Annual administration report of the Civil Veterinary Department of India - 1899-1900
Year: 1899
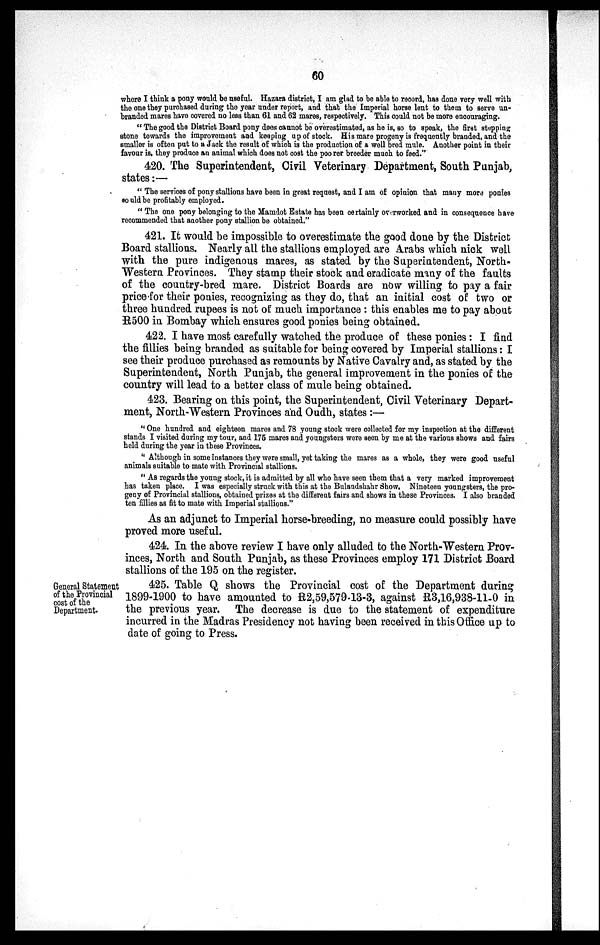
60
where I think a pony would be useful. Hazara district, I am glad to be able to record, has done very well with
the one they purchased during the year under report, and that the Imperial horse lent to them to serve un-
branded mares have covered no less than 61 and 62 mares, respectively. This could not be more encouraging.
"The good the District Board pony does cannot be overestimated, as he is, so to speak, the first stepping
stone towards the improvement and keepiug up of stock. His mare progeny is frequently branded, and the
smaller is often put to a Jack the result of which is the production of a well bred mule. Another point in their
favour is, they produce an animal which does not cost the poorer breeder much to feed."
420. The Superintendent, Civil Veterinary Department, South Punjab,
states :—
"The services of pony stallions have been in great request, and I am of opinion that many more ponies
could be profitably employed.
"The one pony belonging to the Mamdot Estate has been certainly overworked and in consequence have
recommended that another pony stallion be obtained."
421. It would be impossible to overestimate the good done by the District
Board stallions. Nearly all the stallions employed are Arabs which nick well
with the pure indigenous mares, as stated by the Superintendent, North-
Western Provinces. They stamp their stock and eradicate many of the faults
of the country-bred mare. District Boards are now willing to pay a fair
price for their ponies, recognizing as they do, that an initial cost of two or
three hundred rupees is not of much importance: this enables me to pay about
R500 in Bombay which ensures good ponies being obtained.
422. I have most carefully watched the produce of these ponies: I find
the fillies being branded as suitable for being covered by Imperial stallions: I
see their produce purchased as remounts by Native Cavalry and, as stated by the
Superintendent, North Punjab, the general improvement in the ponies of the
country will lead to a better class of mule being obtained.
423. Bearing on this point, the Superintendent, Civil Veterinary Depart-
ment, North-Western Provinces and Oudh, states :—
"One hundred and eighteen mares and 78 young stock were collected for my inspection at the different
stands I visited during my tour, and 175 mares and youngsters were seen by me at the various shows and fairs
held during the year in these Provinces.
"Although in some instances they were small, yet taking the mares as a whole, they were good useful
animals suitable to mate with Provincial stallions.
"AS regards the young stock, it is admitted by all who have seen them that a very marked improvement
has taken place. I was especially struck with this at the Bulandshahr Show, Nineteen youngsters, the pro-
geny of Provincial stallions, obtained prizes at the different fairs and shows in these Provinces. I also branded
ten fillies as fit to mate with Imperial stallions."
As an adjunct to Imperial horse-breeding, no measure could possibly have
proved more useful.
424. In the above review I have only alluded to the North-Western Prov-
inces, North and South Punjab, as these Provinces employ 171 District Board
stallions of the 195 on the register.
General Statement
of the Provincial
cost of the
Department.
425. Table Q shows the Provincial cost of the Department during
1899-1900 to have amounted to R2,59,579-13-3, against R3,16,938-11-0 in
the previous year. The decrease is due to the statement of expenditure
incurred in the Madras Presidency not having been received in this Office up to
date of going to Press.